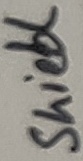
Text: shield